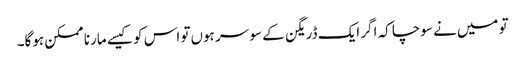
تو میں‌نے سوچا کہ اگر ایک ڈریگن کے سو سر ہوں‌تو اس کو کیسے مارنا ممکن ہوگا۔